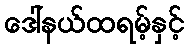
ဒေါ်နယ်ထရမ့်နှင့်